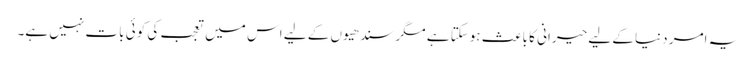
یہ امر دنیا کے لیے حیرانی کا باعث ہوسکتا ہے مگر سندھیوں کے لیے اس میں تعجب کی کوئی بات نہیں ہے۔